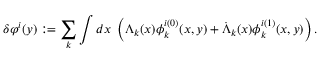
\delta \varphi ^ { i } ( y ) : = \sum _ { k } \int d x \ \left( \Lambda _ { k } ( x ) \phi _ { k } ^ { i ( 0 ) } ( x , y ) + \dot { \Lambda } _ { k } ( x ) \phi _ { k } ^ { i ( 1 ) } ( x , y ) \right) .